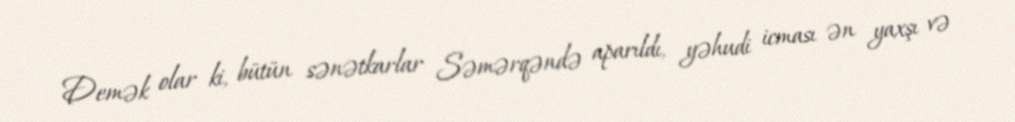
Demək olar ki, bütün sənətkarlar Səmərqəndə aparıldı, yəhudi icması ən yaxşı və